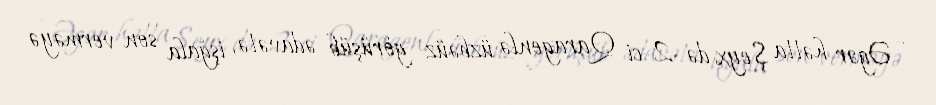
- Əgər hətta Şeyx də 2-ci Qaragenlə üzbəüz görüşüb ədavətə, işğala son verməyə